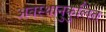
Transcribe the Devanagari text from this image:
अवस्थानुकुलित